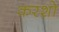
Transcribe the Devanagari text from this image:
करशो